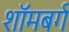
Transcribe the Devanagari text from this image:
शॉमबर्ग